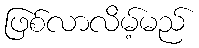
ဖြစ်လာလိမ့်မည်